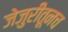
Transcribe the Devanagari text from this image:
जेजुरीतूनच